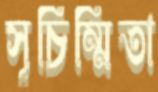
সূচিম্মিতা